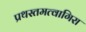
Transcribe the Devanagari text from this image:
प्रथस्तमत्वागिरा